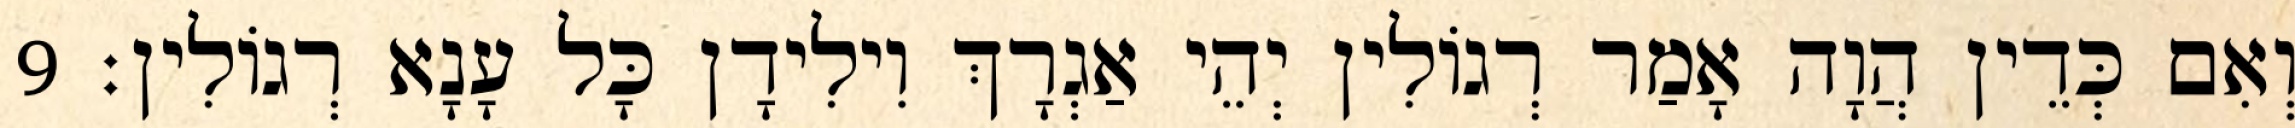
וְאִם כְּדֵין הֲוָה אָמַר רְגוֹלִין יְהֵי אַגְרָךְ וִילִידָן כָּל עָנָא רְגוֹלִין׃ 9